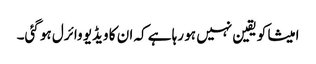
امیشا کو یقین نہیں ہو رہا ہے کہ ان کا ویڈیو وائرل ہو گئی۔